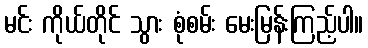
မင်း ကိုယ်တိုင် သွား စုံစမ်း မေးမြန်းကြည့်ပါ။